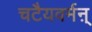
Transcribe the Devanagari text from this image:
चटैयवर्मऩ्